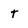
Character: t